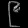
Digit: ၉